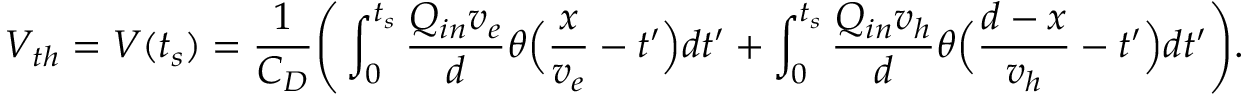
V _ { t h } = V ( t _ { s } ) = \frac { 1 } { C _ { D } } \Bigg ( \int _ { 0 } ^ { t _ { s } } \frac { Q _ { i n } v _ { e } } { d } \theta \Big ( \frac { x } { v _ { e } } - t ^ { \prime } \Big ) d t ^ { \prime } + \int _ { 0 } ^ { t _ { s } } \frac { Q _ { i n } v _ { h } } { d } \theta \Big ( \frac { d - x } { v _ { h } } - t ^ { \prime } \Big ) d t ^ { \prime } \Bigg ) .